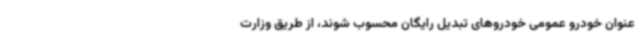
عنوان خودرو عمومی خودروهای تبدیل رایگان محسوب شوند، از طریق وزارت